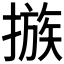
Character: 𢳇